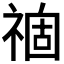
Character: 𥚽